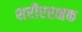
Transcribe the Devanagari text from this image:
शरीररक्षक